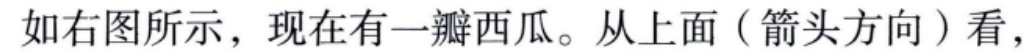
如右图所示，现在有一瓣西瓜。从上面（箭头方向）看，